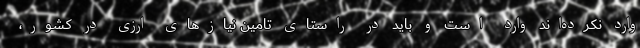
وارد نکرده‌اند وارد است و باید در راستای تامین نیاز‌های ارزی در کشور،